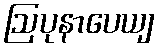
ဩပုနာပေယျ